65_HS1-834228961_62-HQ-83894_Section_10
Agency: FBI
Page 78
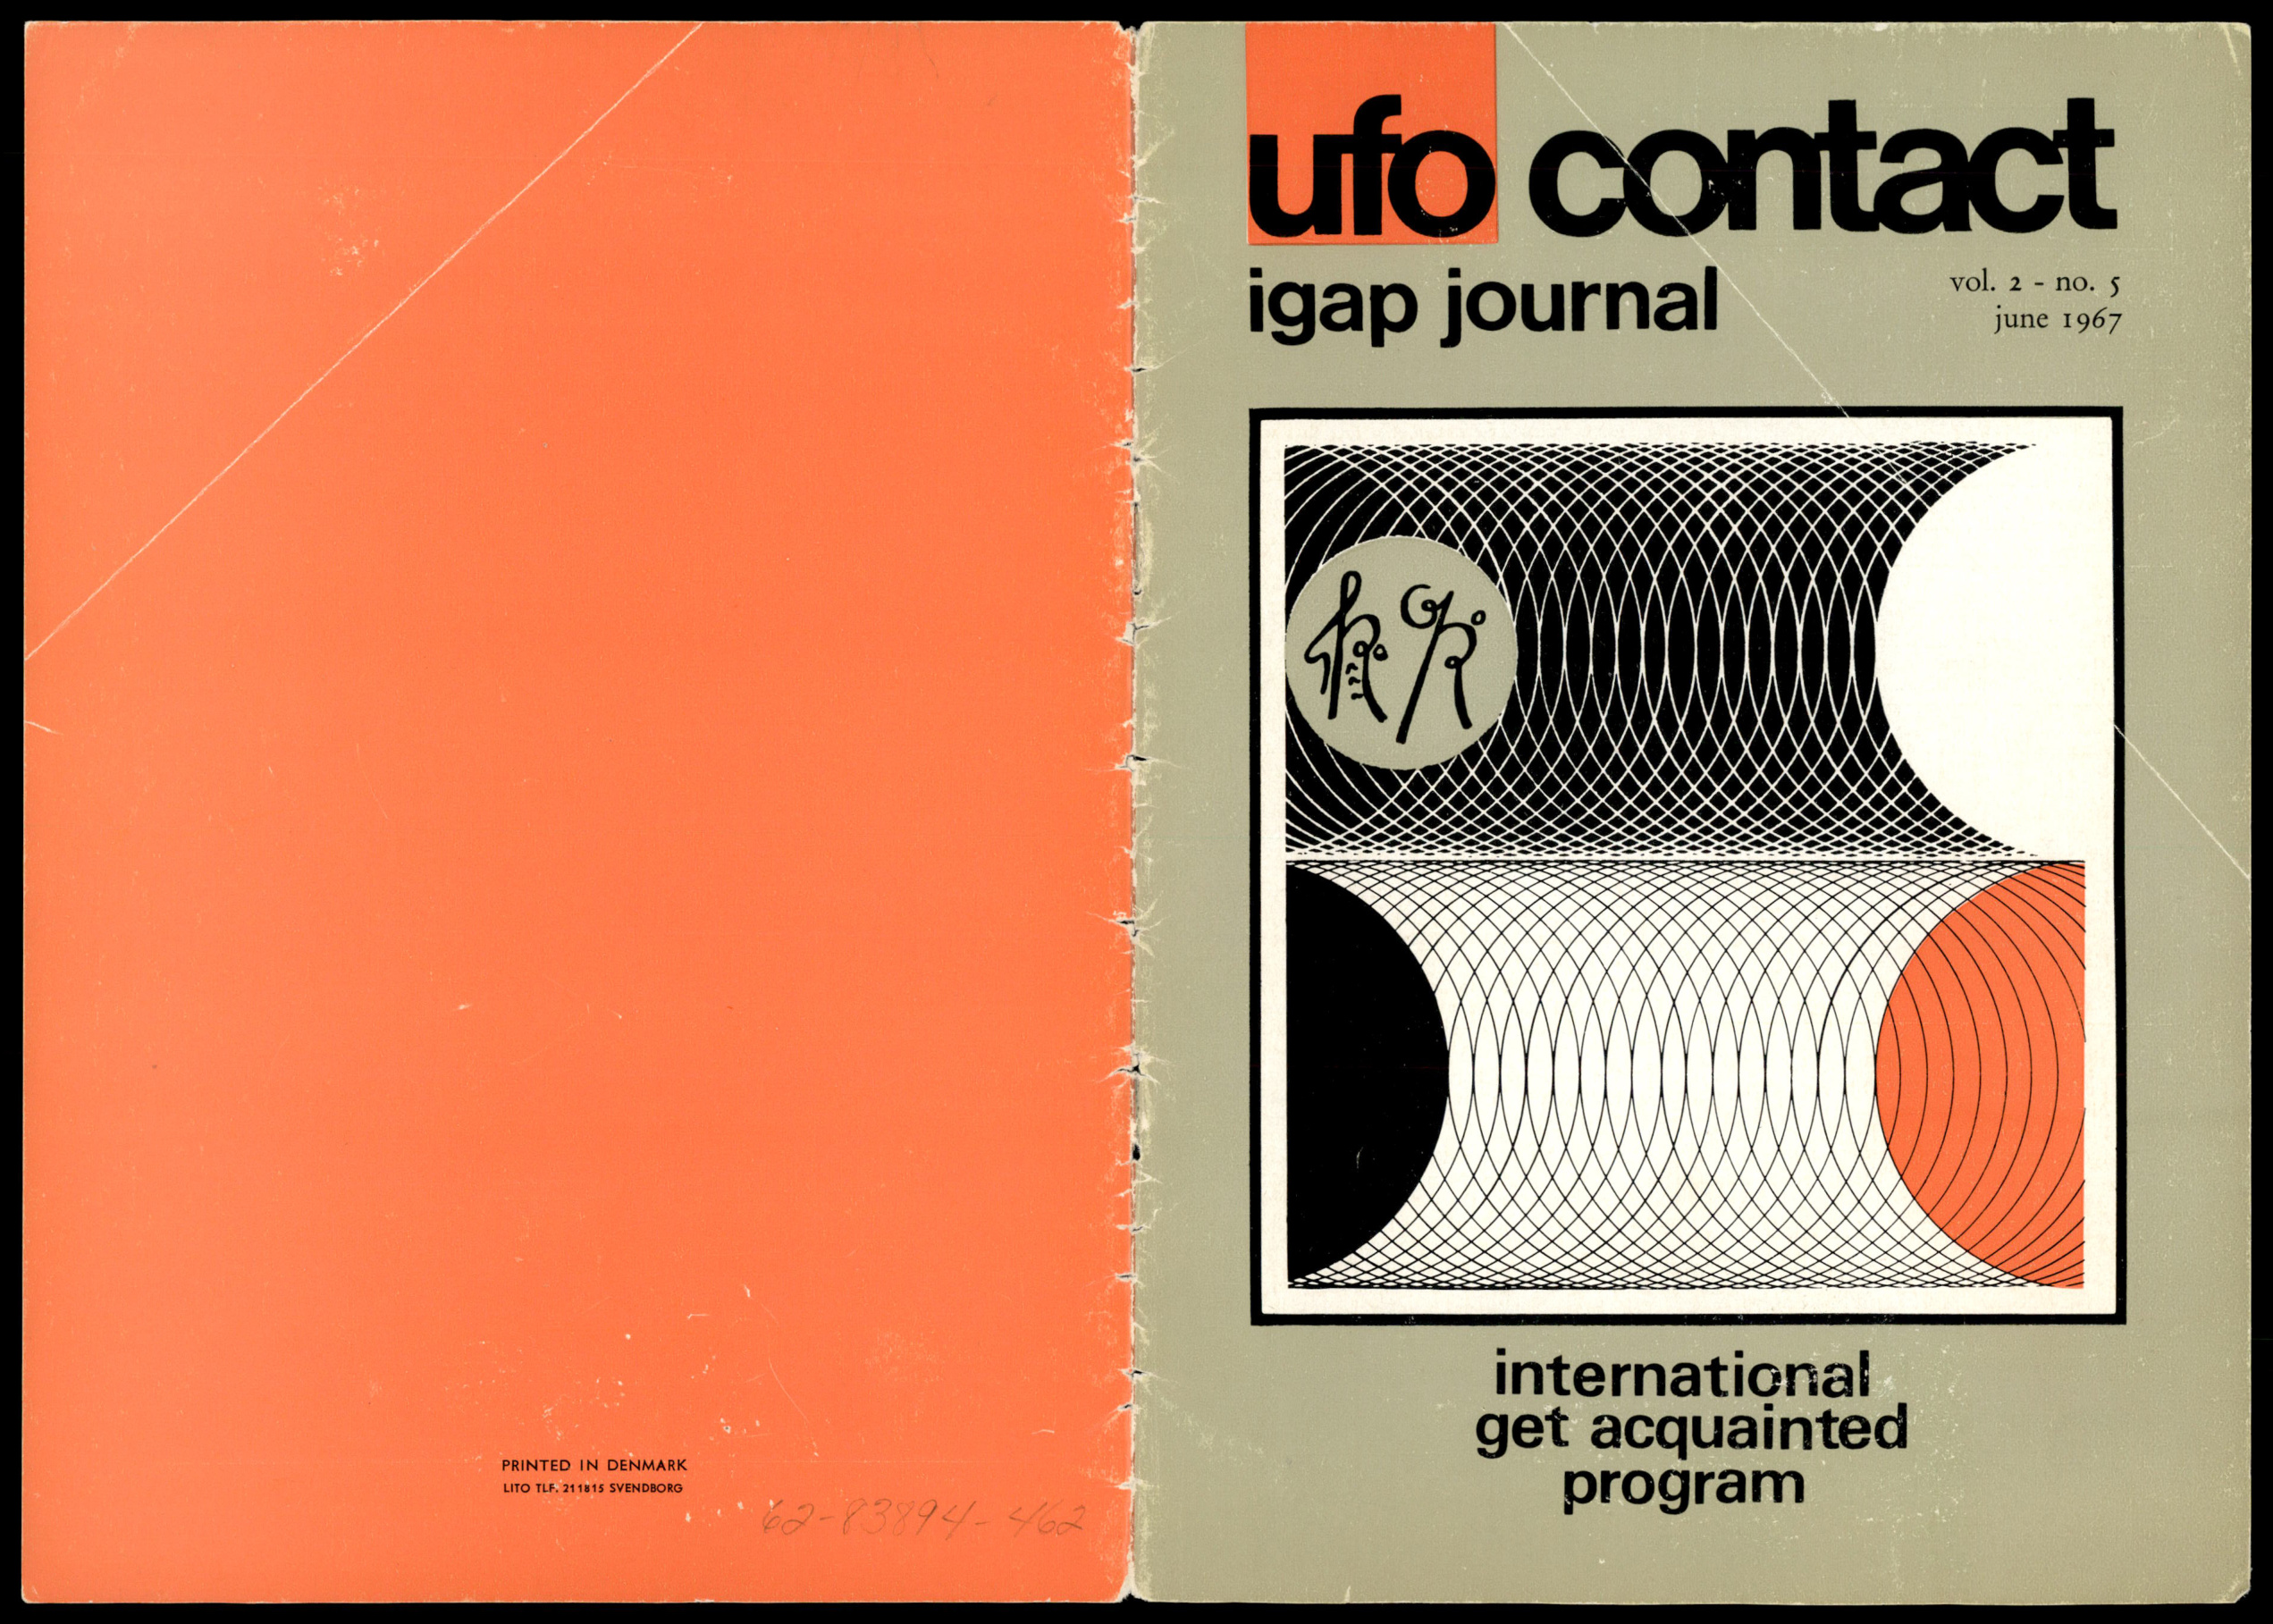